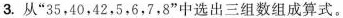
3.从”35，40，42，5，6，7，8”中选出三组数组成算式。